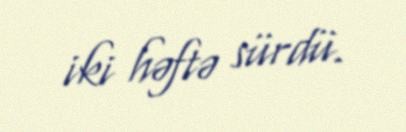
iki həftə sürdü.